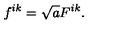
f ^ { i k } = \sqrt { a } F ^ { i k } .